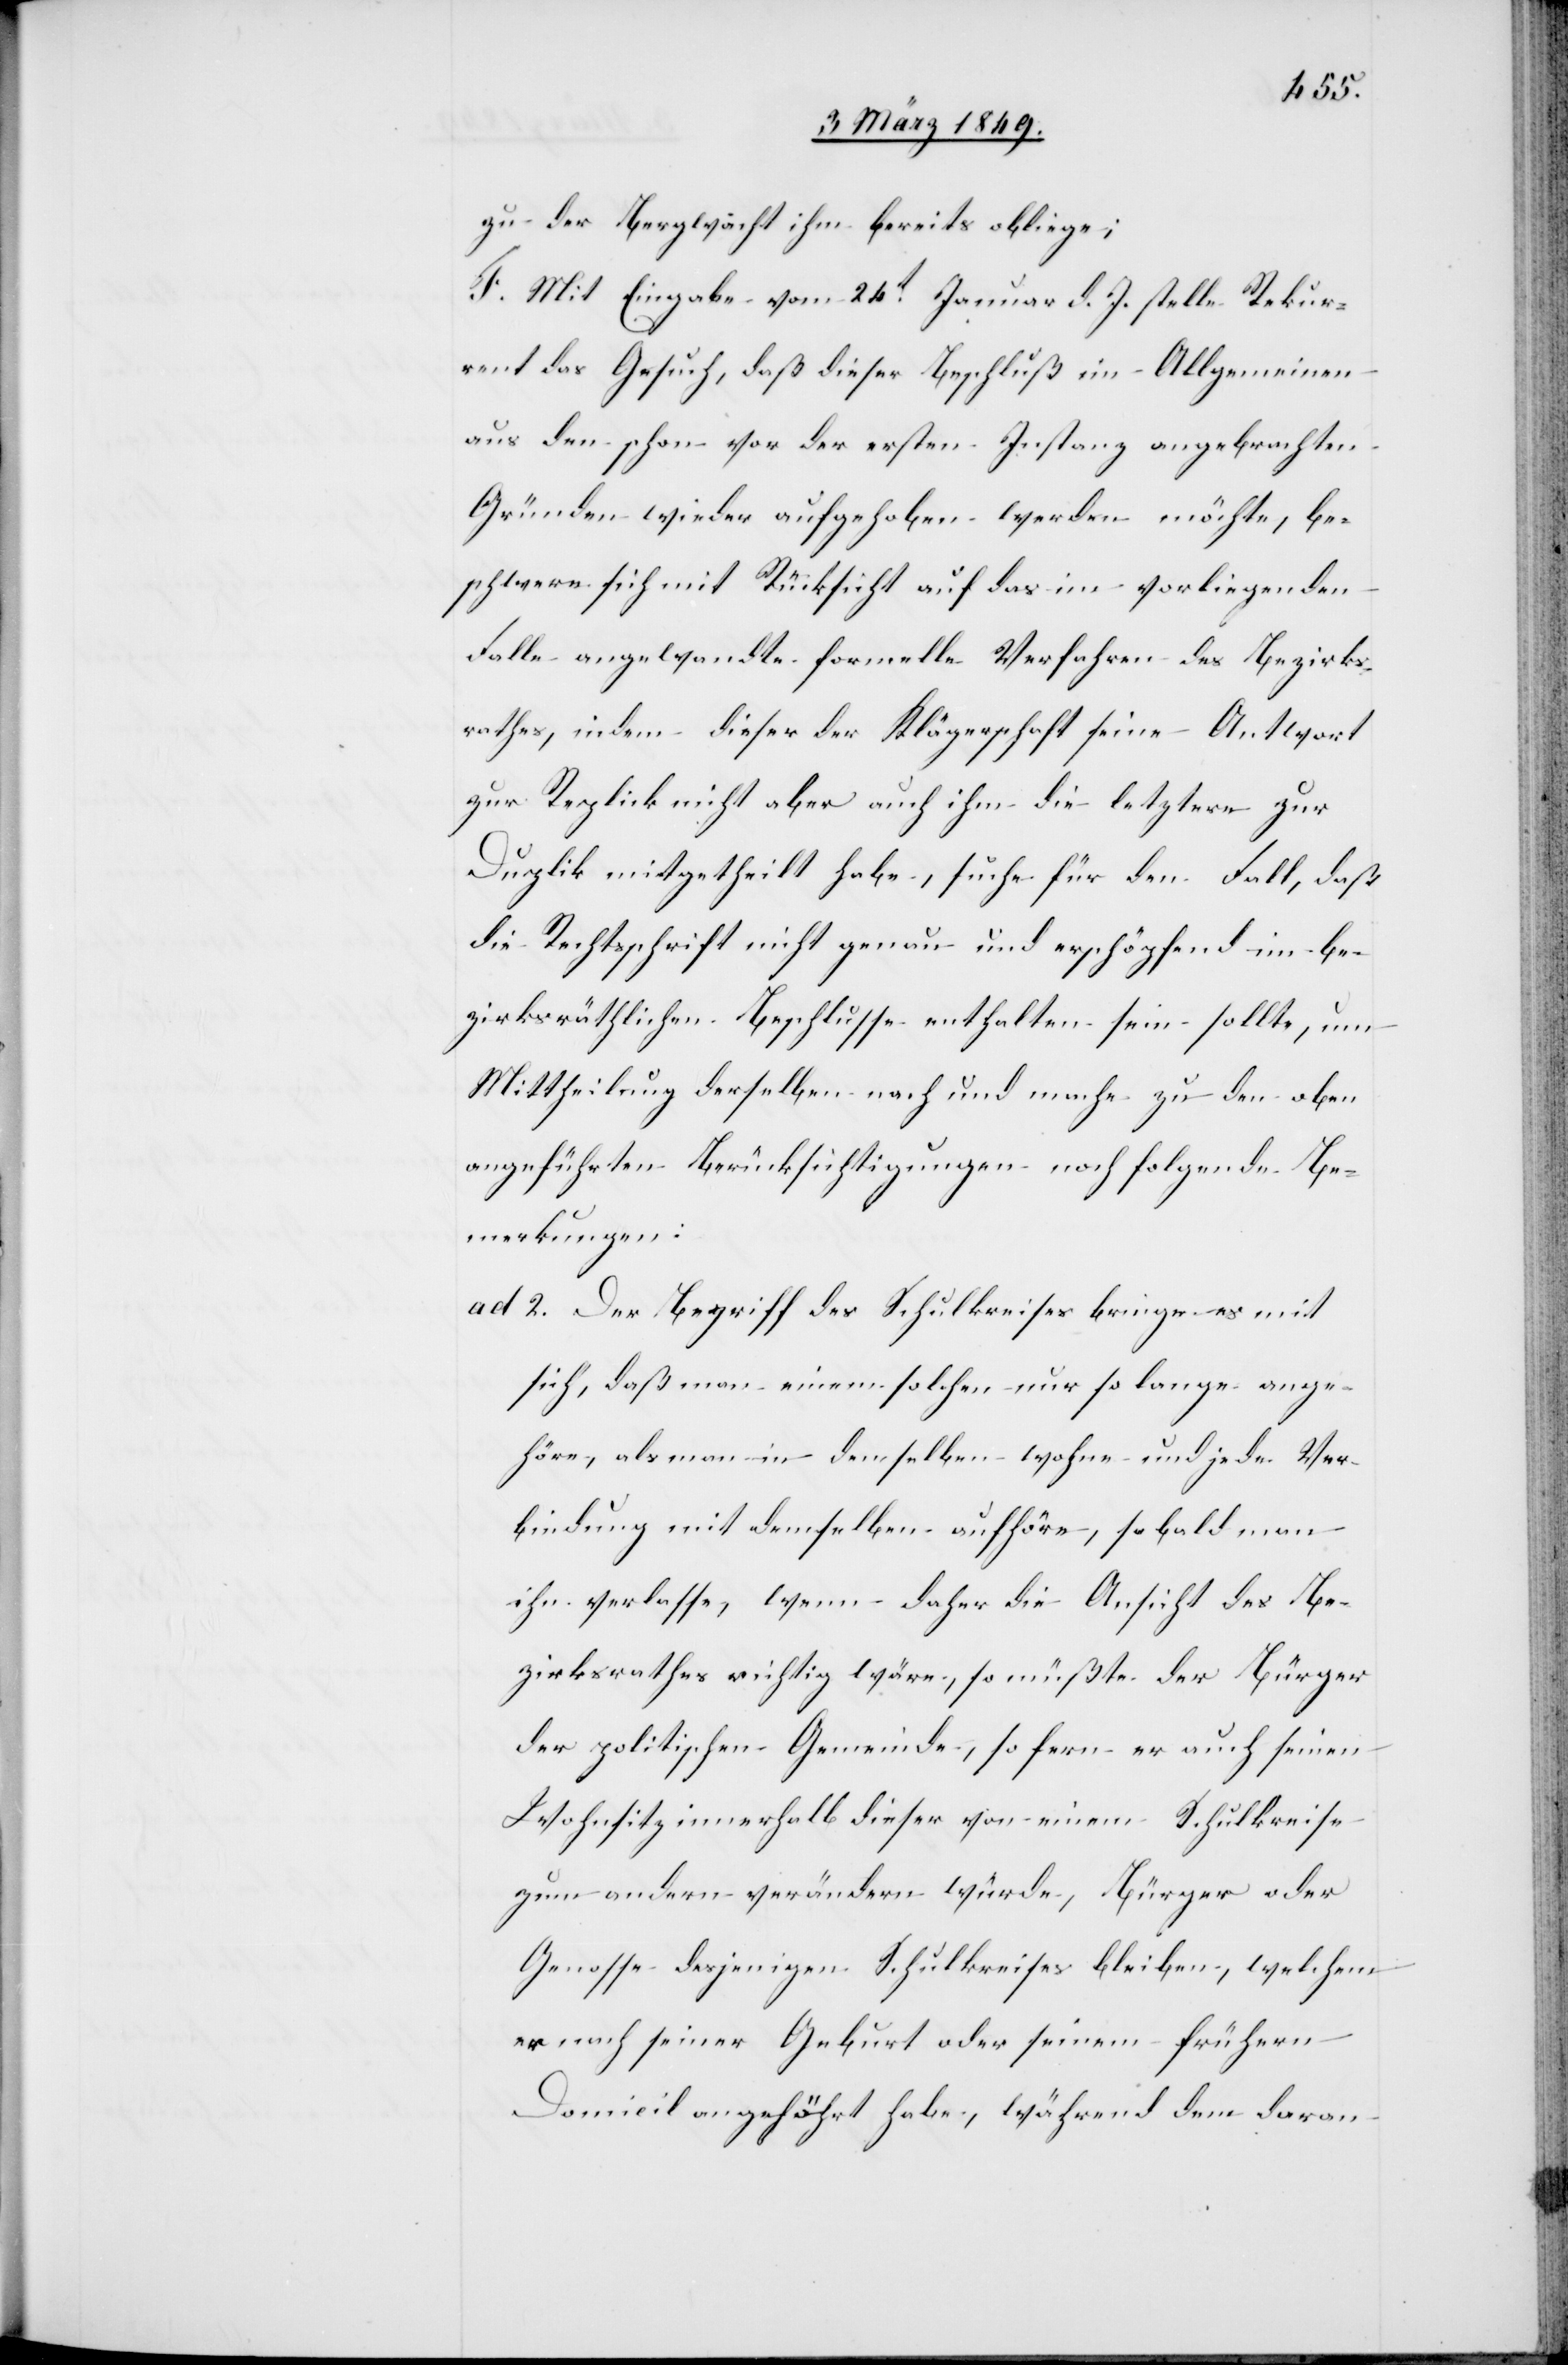
zu der Bergwacht ihm bereits obliege;
F. Mit Eingabe vom 26t. Januar d. J. stelle Rekur¬
rent das Gesuch, daß dieser Beschluß im Allgemeinen
aus den schon vor der ersten Instanz angebrachten
Gründen wieder aufgehoben werden möchte, be¬
schwere sich mit Rücksicht auf das im vorliegenden
Falle angewandte formelle Verfahren des Bezirks¬
rathes, indem dieser der Klägerschaft seine Antwort
zur Replik nicht aber auch ihm die letztere zur
Duplik mitgetheilt habe, suche für den Fall, daß
die Rechtsschrift nicht genau und erschöpfend im be¬
zirksräthlichen Beschlusse enthalten sein sollte, um
Mittheilung derselben nach und mache zu den oben
angeführten Berücksichtigungen noch folgende Be¬
merkungen:
ad 2. Der Begriff des Schulkreises bringe es mit
sich, daß man einem solchen nur so lange ange¬
höre, als man in demselben wohne und jede Ver¬
bindung mit demselben aufhöre, so bald man
ihn verlasse, wenn daher die Ansicht des Be¬
zirksrathes richtig wäre, so müßte der Bürger
der politischen Gemeinde, so fern er auch seinen
Wohnsitz innerhalb dieser von einem Schulkreise
zum andern verändern würde, Bürger oder
Genosse desjenigen Schulkreises bleiben, welchem
er nach seiner Geburt oder seinem frühern
Domicil angehört habe, während dem daran